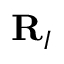
\mathbf { R } _ { I }